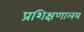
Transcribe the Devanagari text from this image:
प्रशिक्षणालय